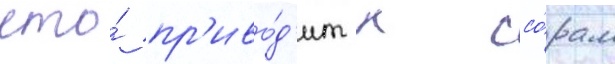
что́ пр'иво́д'ит к ссо́рам